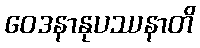
ဝေဒနာနုပဿနာတိ